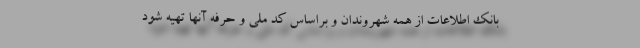
بانک اطلاعات از همه شهروندان و براساس کد ملی و حرفه آنها تهیه شود